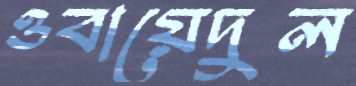
ওবায়েদুল